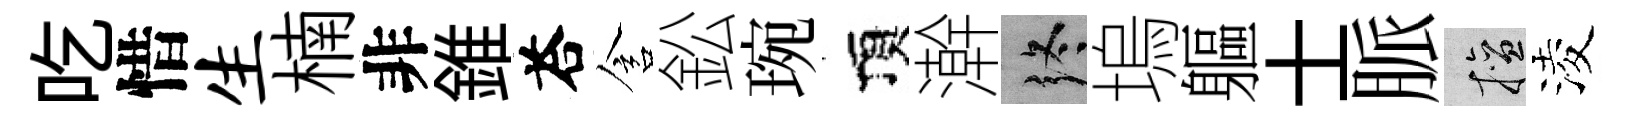
吃惜生楠非錐荅含鈆琬頂澣终塢軀士脈擅淩